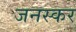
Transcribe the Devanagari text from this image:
जनस्‍कर